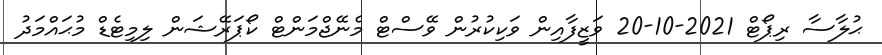
ޙުލާސާ ރިޕޯޓް 2021-10-20 ވަޒީފާއިން ވަކިކުރުން ވޭސްޓް މެނޭޖްމަންޓް ކޯޕަރޭޝަން ލިމިޓެޑް މުޙައްމަދު